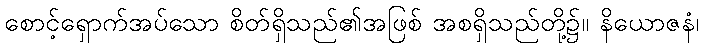
စောင့်ရှောက်အပ်သော စိတ်ရှိသည်၏အဖြစ် အစရှိသည်တို့၌။ နိယောဇနံ၊